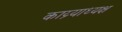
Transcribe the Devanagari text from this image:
काय्र्याध्यक्ष